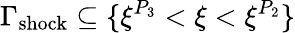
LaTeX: \Gamma_{\mathrm{shock}}\subseteq\{ \xi^{P_{3}}<\xi<\xi^{P_{2}}\}